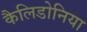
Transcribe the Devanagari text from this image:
कैलिडोनिया